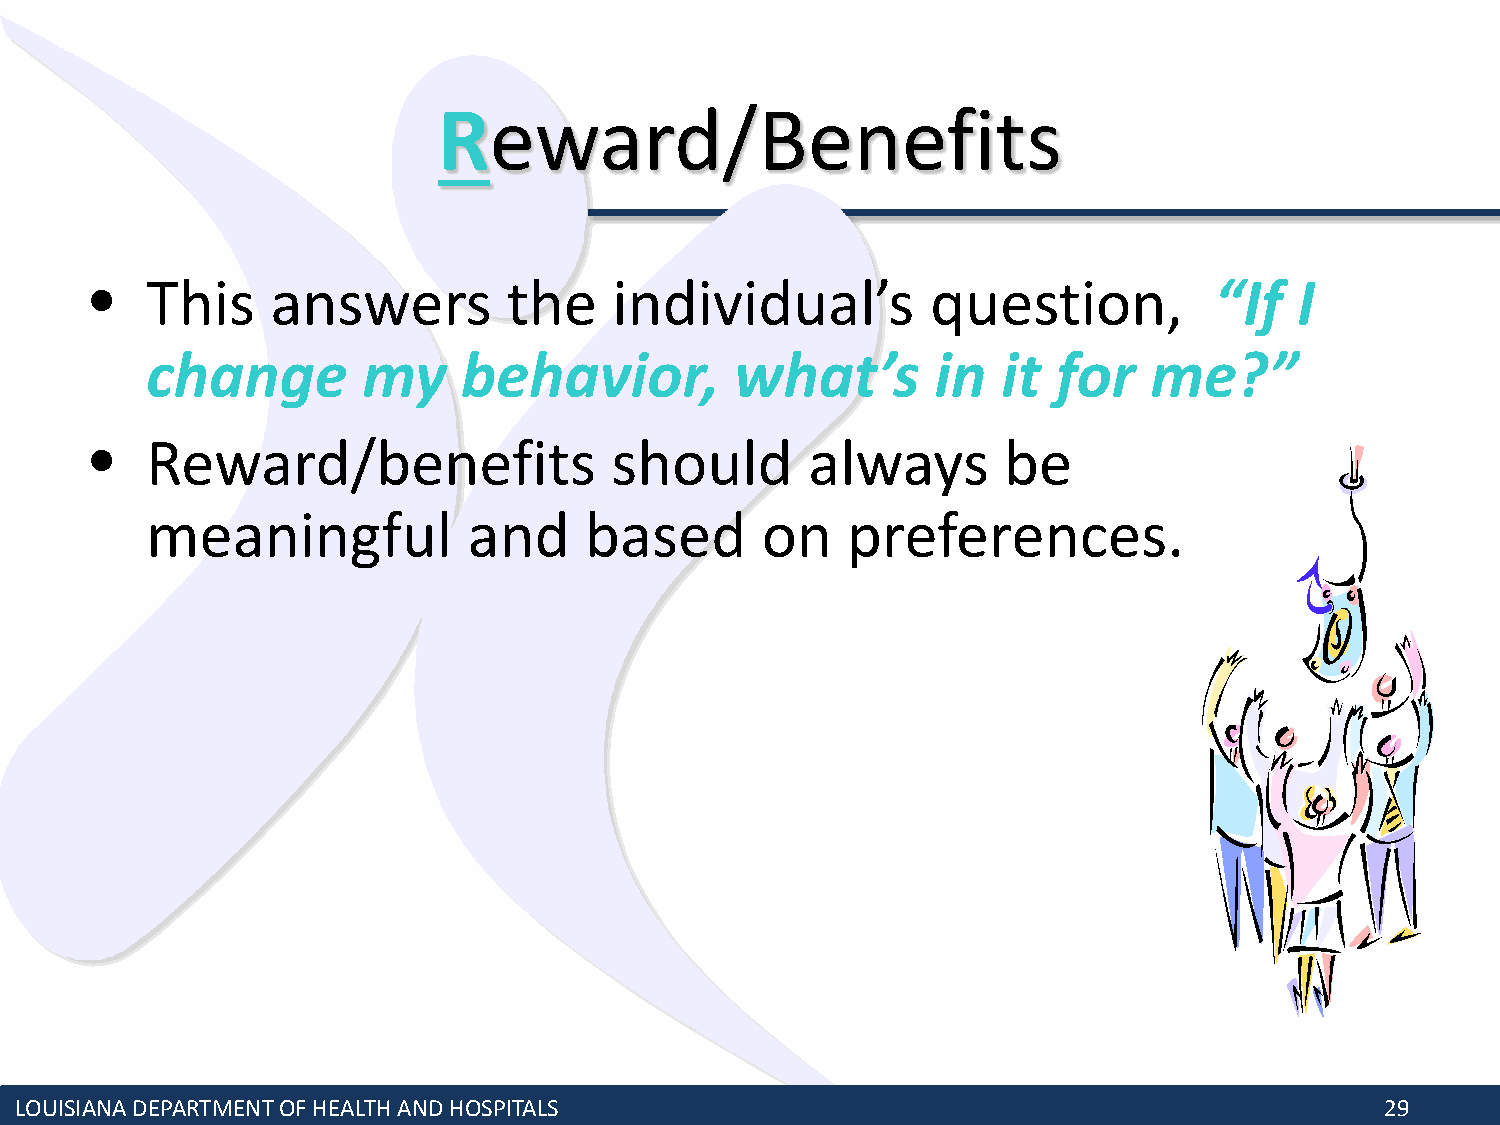
Reward/Benefits
 •   This    answers         the    individual’s         question,         “If   I
 change        my     behavior,         what’s       in  it  for   me?”
 •   Reward/benefits               should        always      be
 meaningful           and     based      on    preferences.
 LOUISIANA DEPARTMENT OF HEALTH AND HOSPITALS                                               29